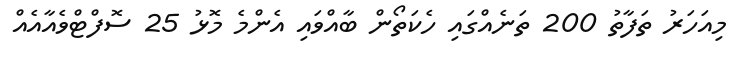
މިއަހަރު ތަފާތު 200 ތަނެއްގައި ހެކަތޯން ބާއްވައި އެންމެ މޮޅު 25 ސޮފްޓްވެއާއެއް